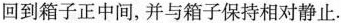
回到箱子正中间，并与箱子保持相对静止。